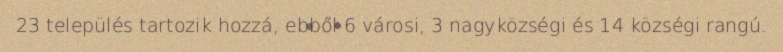
23 település tartozik hozzá, ebből 6 városi, 3 nagyközségi és 14 községi rangú.